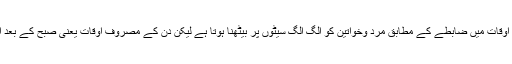
صبح کا آغاز ہوچکا تھا اور ان اوقات میں ضابطے کے مطابق مرد وخواتین کو الگ الگ سیٹوں پر بیٹھنا ہوتا ہے لیکن دن کے مصروف اوقات یعنی صبح کے بعد اس میں نرمی کردی جاتی ہے۔